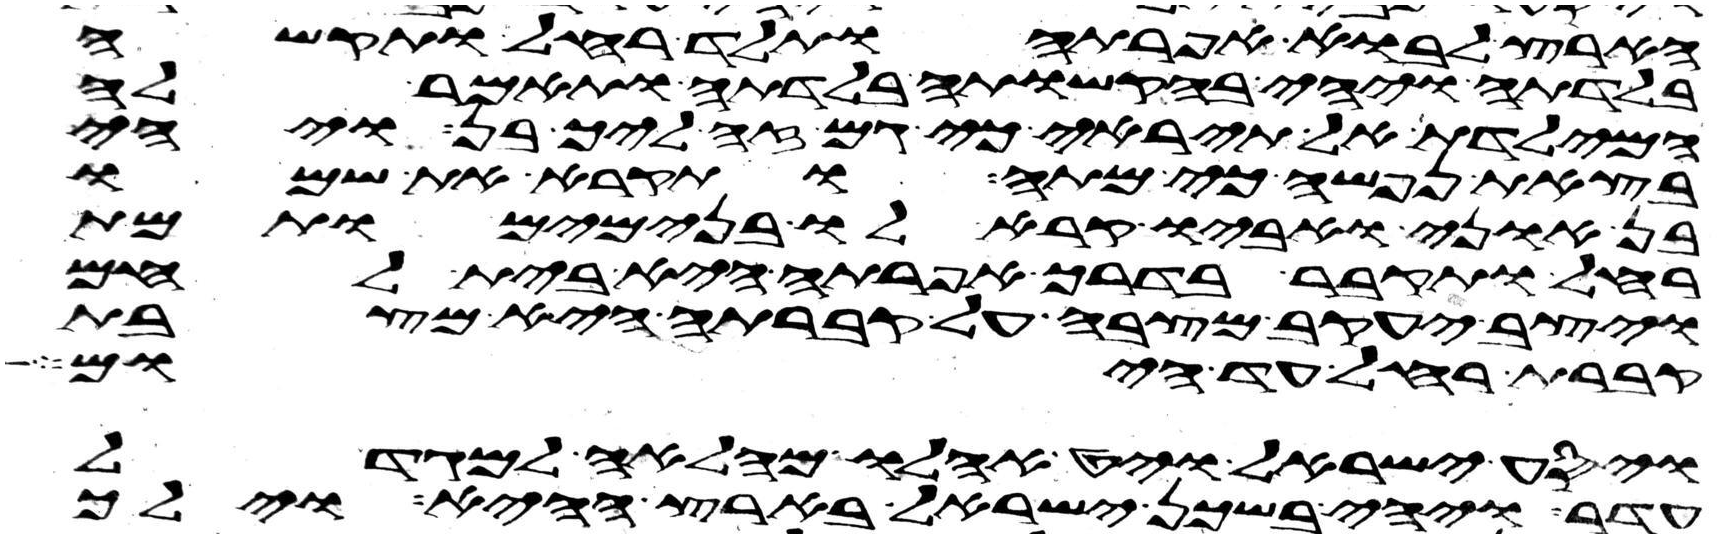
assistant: הארץ לבוא אפרתה ותלד רחל ותקש
בלדתה ויהי בהקשותה בלדתה ותאמר לה
המילדת אל תיראי כי גם זה ליך בן ויהי
בצאת נפשה כי מתה ותקרא את שמו
בן אוני ואביו קרא לו בנימים ותמת
רחל ותקבר בדרך אפרתה היא בית לחם
ויצב יעקב מצבה על קברתה היא מצבת
קברת רחל עד היום
ויסע ישראל ויט אהלו מהלאה למגדל
עדר ויהי בשכן ישראל בארץ ההיא וילך